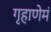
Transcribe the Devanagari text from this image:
गृहाणेमं